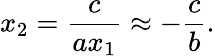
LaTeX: x_{2}={\frac{c}{ax_{1}}}\approx-{\frac{c}{b}}.